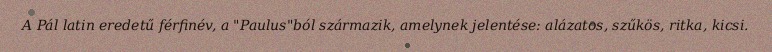
A Pál latin eredetű férfinév, a "Paulus"ból származik, amelynek jelentése: alázatos, szűkös, ritka, kicsi.